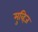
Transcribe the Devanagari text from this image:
मुव्हिज